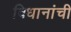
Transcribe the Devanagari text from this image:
विधानांची